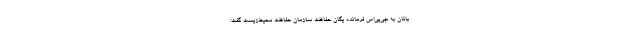
‌بانان به جی‌پی‌اس فرمانده یگان حفاظت سازمان حفاظت محیط‌زیست گفت: